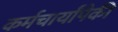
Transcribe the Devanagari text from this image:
कर्मचार्यांपैकी